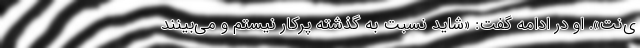
ی‌نت». او در ادامه گفت: «شاید نسبت به گذشته پرکار نیستم و می‌بینند